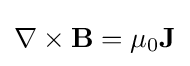
\nabla \times \mathbf {B} =\mu _{0}\mathbf {J}